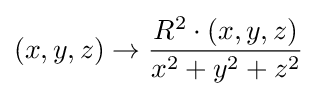
(x,y,z)\rightarrow {\frac {R^{2}\cdot (x,y,z)}{x^{2}+y^{2}+z^{2}}}\